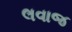
લવાજ